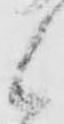
候